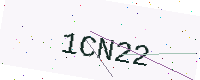
Text: 1CN22